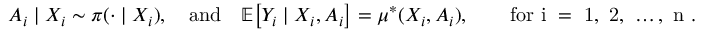
\begin{array} { r } { \ensuremath { A } _ { i } \mid \ensuremath { X } _ { i } \sim \ensuremath { \pi ( \cdot \mid \ensuremath { X } _ { i } ) } , \quad \mathrm { a n d } \quad \ensuremath { { \mathbb { E } } } \big [ \ensuremath { Y } _ { i } \mid \ensuremath { X } _ { i } , \ensuremath { A } _ { i } \big ] = \mu ^ { * } ( \ensuremath { X } _ { i } , \ensuremath { A } _ { i } ) , \qquad \mathrm { f o r ~ i ~ = ~ 1 , ~ 2 , ~ \ldots , ~ \ensuremath { n } ~ . } } \end{array}